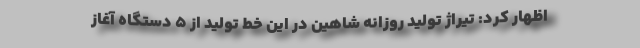
اظهار کرد: تیراژ تولید روزانه شاهین در این خط تولید از ۵ دستگاه آغاز